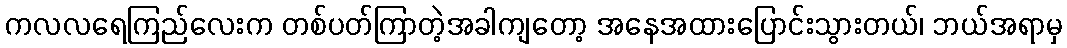
ကလလရေကြည်လေးက တစ်ပတ်ကြာတဲ့အခါကျတော့ အနေအထားပြောင်းသွားတယ်၊ ဘယ်အရာမှ